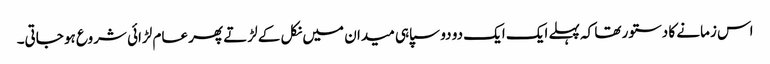
اس زمانے کا دستور تھا کہ پہلے ایک ایک دو دو سپاہی میدان میں نکل کے لڑتے پھر عام لڑائی شروع ہو جاتی۔